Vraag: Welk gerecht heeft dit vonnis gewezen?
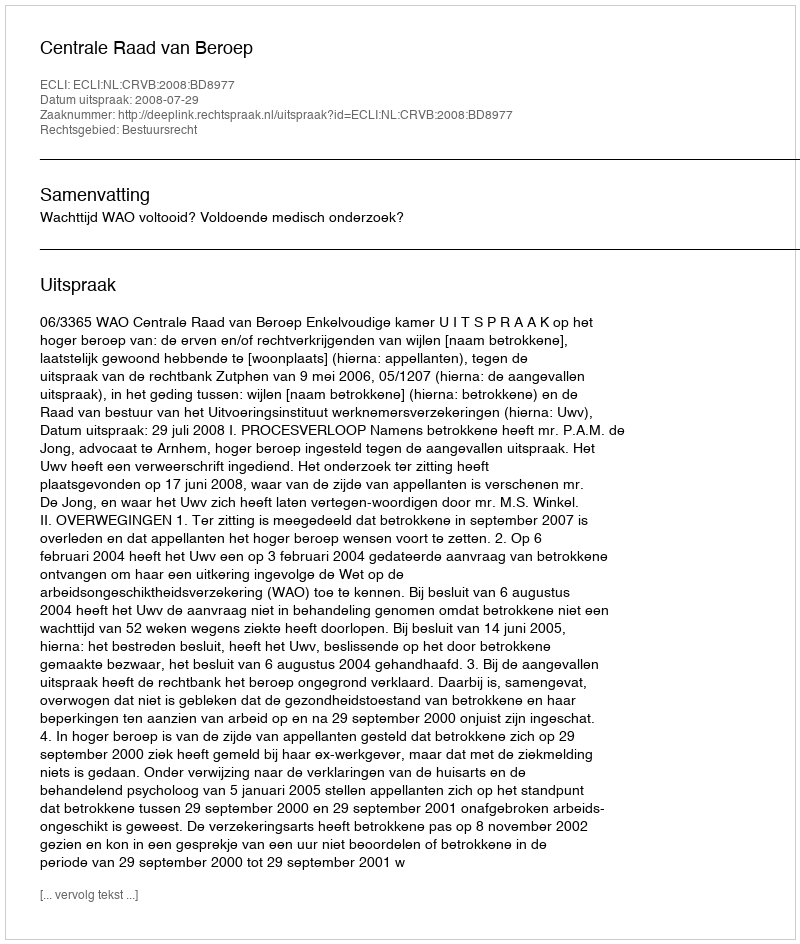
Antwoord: Centrale Raad van Beroep